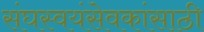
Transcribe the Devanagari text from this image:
संघस्वयंसेवकांसाठी